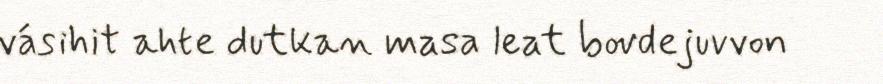
vásihit ahte dutkan masa leat bovdejuvvon